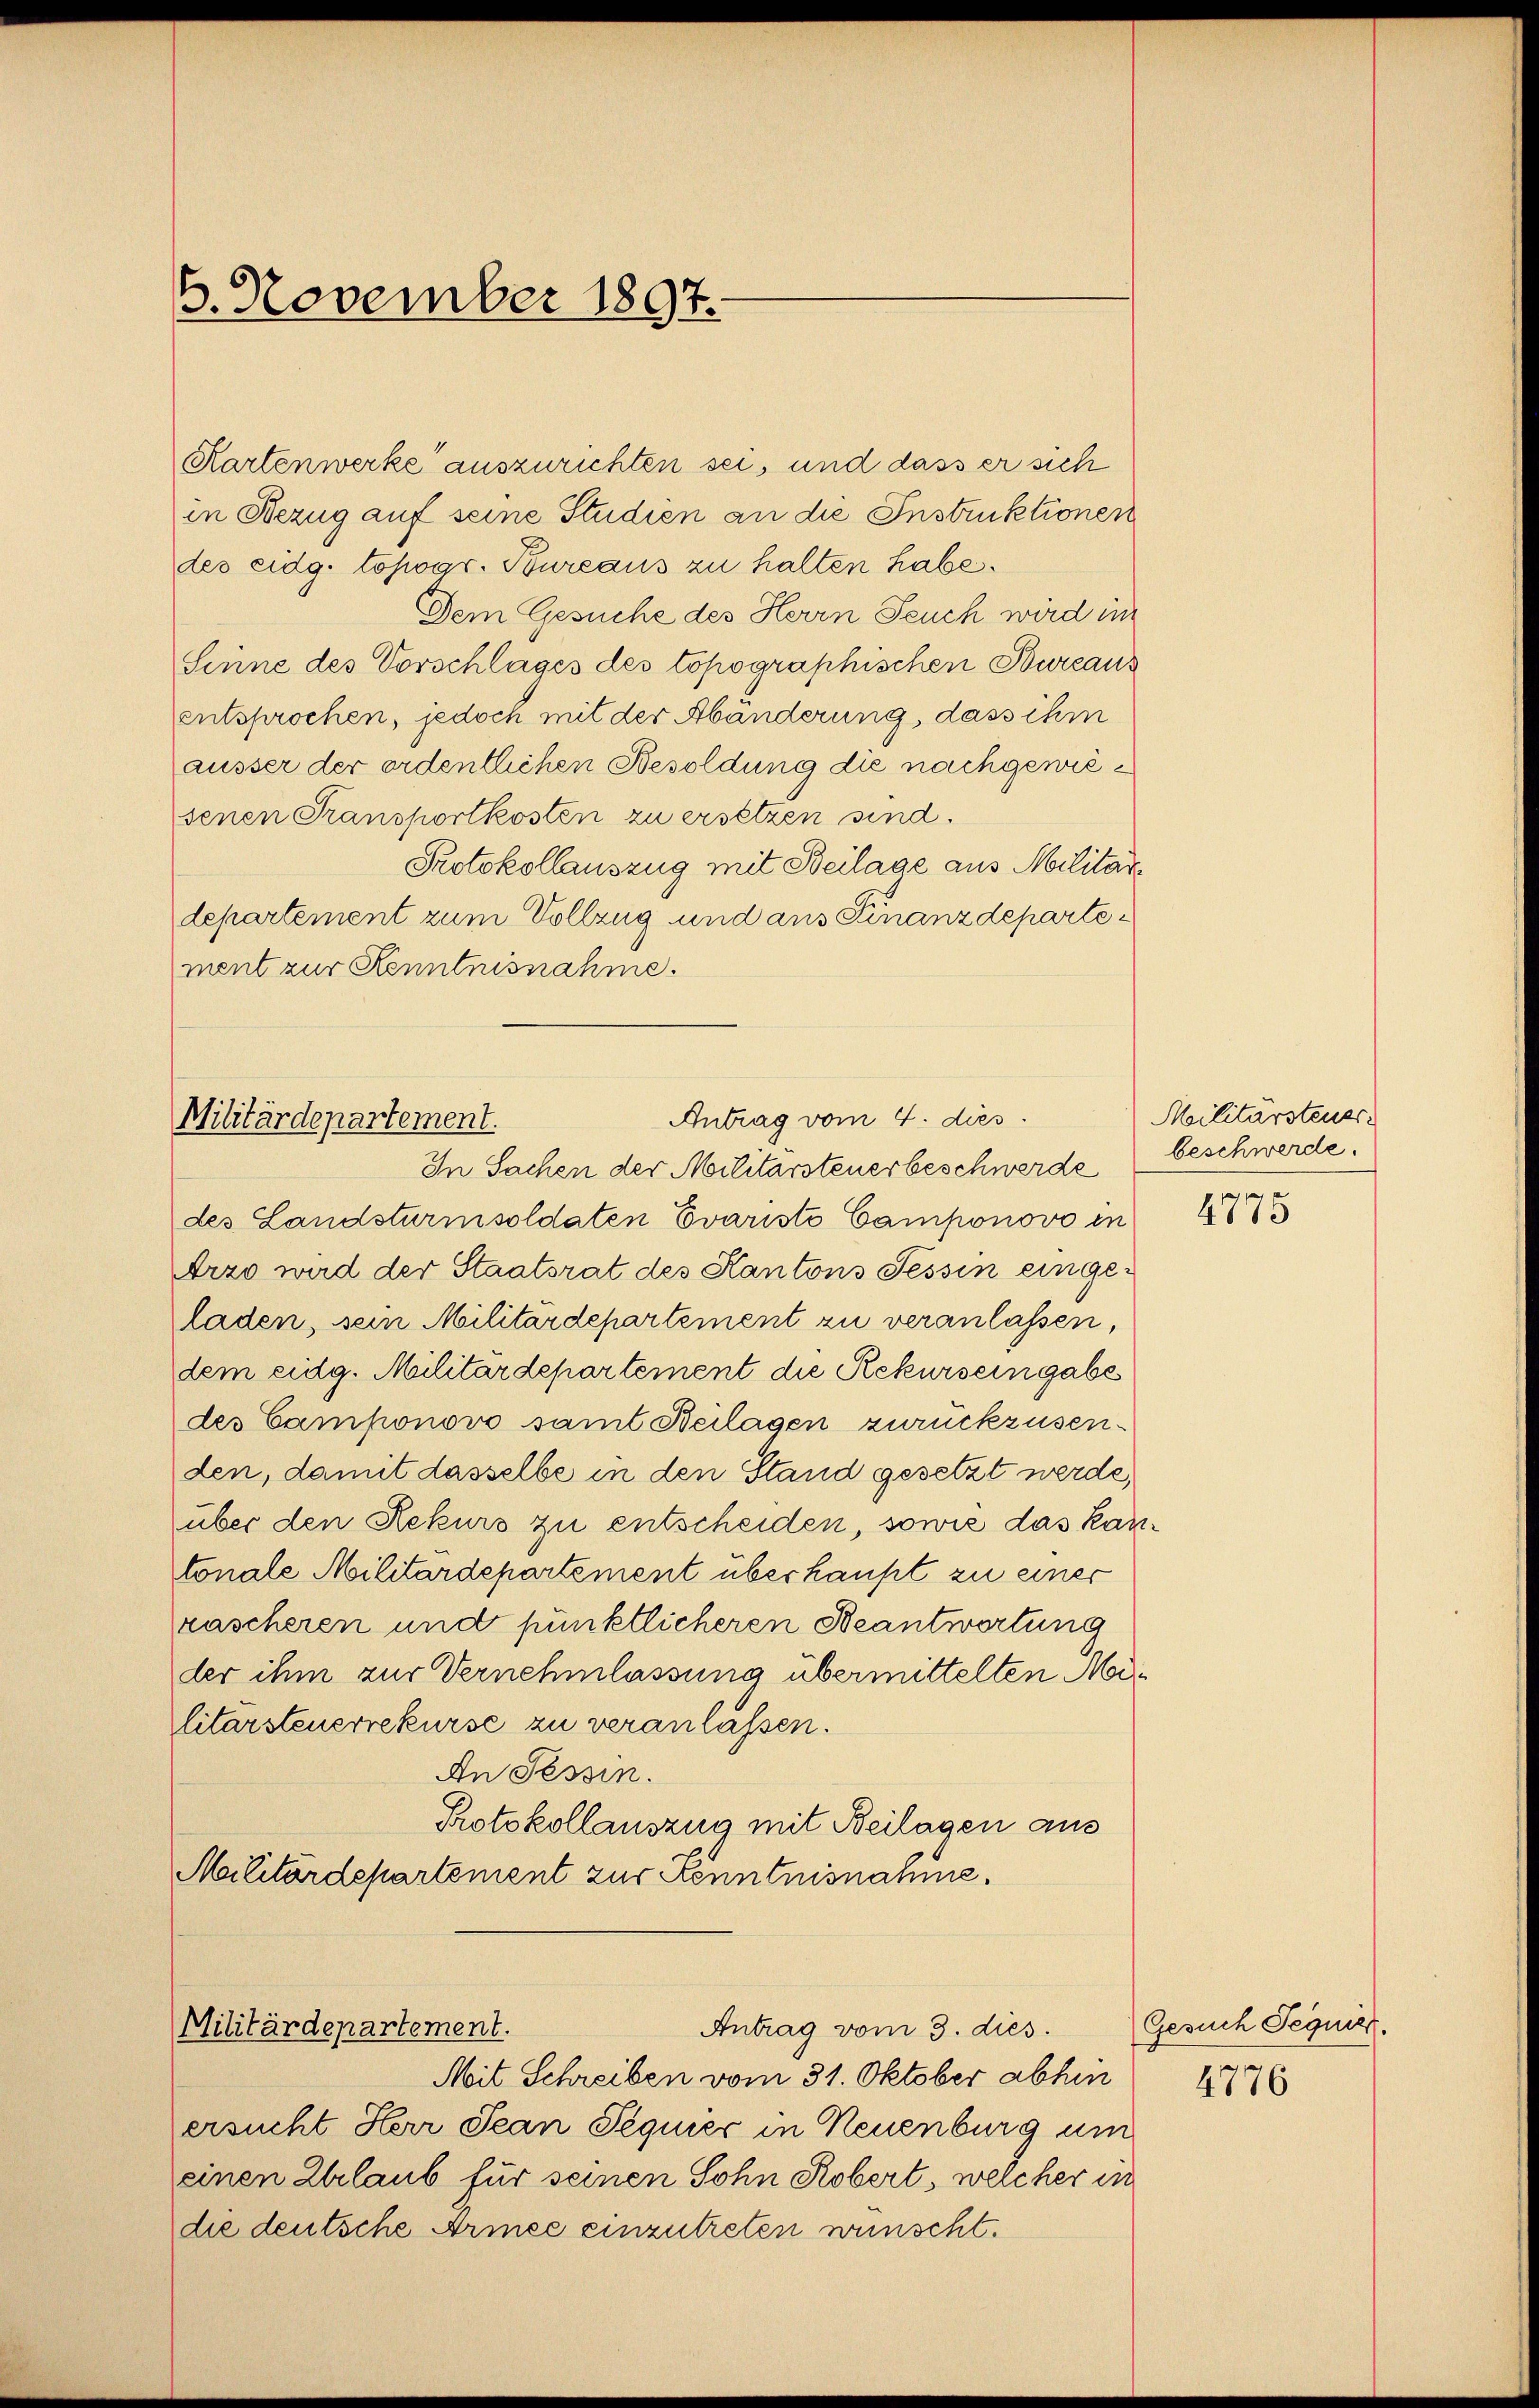
6. November 1897.

Kartenwerke auszurichten sei, und dass er sich
in Bezug auf seine Studien an die Instruktionen
des eidg. topogr. Bureaus zu halten habe.
Dem Gesuche des Herrn Seuch wird im
Sinne des Vorschlages des topographischen Bureaus
entsprochen, jedoch mit der Abänderung, dass ihm
äusser der ordentlichen Besoldung die nachgewiesenen Transportkosten zu ersetzen sind.
Protokollauszug mit Beilage aus Militärdepartement zum Vollzug und aus Finanzdepartement zur Kenntnisnahme.

Antrag vom 4. dies
Militärdepartement.
In Sachen der Militärsteuerbeschwerde

des Landstürmisoldaten Evaristi Gamponovo in
Arzo wird der Staatsrat des Kantons Tessin eingeladen, sein Militärdepartement zu veranlassen,
dem eidg. Militärdepartement die Rekurs eingabe
des Camponovo samt Beilagen zurückzusenden, damit dasselbe in den Stand gesetzt werde,
über den Rekurs zu entscheiden, sowie das kantonale Militärdepartement überhaupt zu einer
rascheren und pünktlicheren Beantwortung
der ihm zur Vernehmlassung übermittelten Mei¬
Clitarsteuerrekurse zu veranlassen.
An Tessin.
Protokollauszug mit Beilagen aus
Malitärdepartement zur Kenntnisnahme.

Militärdepartement.
Antrag vom 3. dies.

ersucht Herr Jean Pequier in Neuenburg um
einen Erlaub für seinen Sohn Robert, welcher in
die deutsche Armee einzutreten wünscht.

Mit Schreiben vom 31. Oktober abhin

Militärsteuer
beschwerde.

4775

Gesuch Segnier.
4776